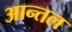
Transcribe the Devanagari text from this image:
आन्तल